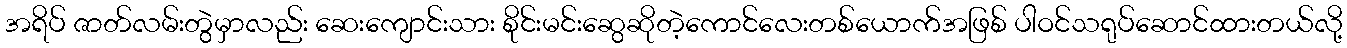
အရိပ် ဇာတ်လမ်းတွဲမှာလည်း ဆေးကျောင်းသား စိုင်းမင်းဆွေဆိုတဲ့ကောင်လေးတစ်ယောက်အဖြစ် ပါဝင်သရုပ်ဆောင်ထားတယ်လို့